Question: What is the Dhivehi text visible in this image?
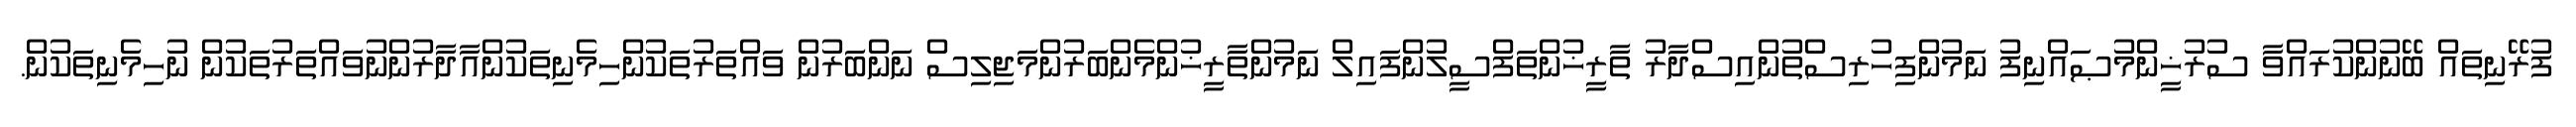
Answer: ފުރޭނިތައް ބޭނުންކުރައްވާ ސުރުޚީންމުޞައްނިފު ނަމުންފިހުރިސްތުންއިސްދާރު ތާރީޚުންތަފްސީލުންފައިލް ނަމުންތާރީޚުންމެންބަރުންމަޖިލިސް ނަންބަރުން ވައްތަރުތަކުންހިމެނިތަކުންއާދާރުންނުވައްތަރުތަކުން ނުހިމެނިތަކުން.